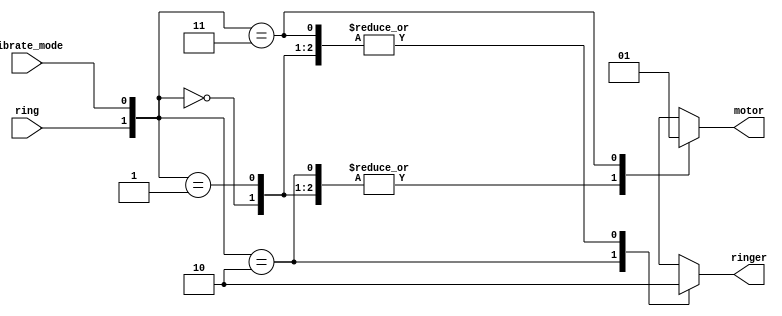
module top_module(
    input  wire ring,
    input  wire vibrate_mode,
  	output wire ringer,
    output wire motor
    );
    
    wire [1:0] sig_in;

    assign sig_in = {ring, vibrate_mode};
    
    always @(*) 
    begin
        case(sig_in)
            2'b00: 
            begin 
                ringer = 0; 
                motor = 0; 
            end
            2'b01: 
            begin 
                ringer = 0; 
                motor = 0; 
            end
            2'b10: 
            begin 
                ringer = 1; 
                motor = 0; 
            end
            2'b11: 
            begin 
                ringer = 0; 
                motor = 1; 
            end
        endcase
    end    

endmodule